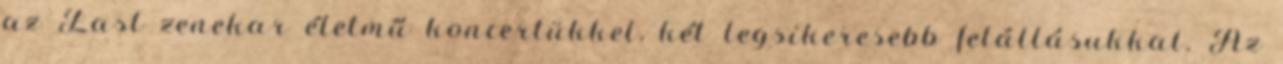
az East zenekar életmű koncertükkel, két legsikeresebb felállásukkal. Az